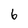
Character: 6